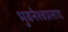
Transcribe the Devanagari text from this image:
भुवनेश्वप्रसाद